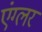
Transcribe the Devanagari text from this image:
एंग्लर